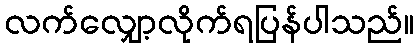
လက်လျှော့လိုက်ရပြန်ပါသည်။